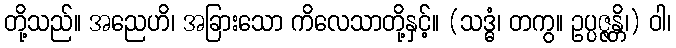
တို့သည်။ အညေဟိ၊ အခြားသော ကိလေသာတို့နှင့်။ (သဒ္ဓံ၊ တကွ။ ဥပ္ပဇ္ဇန္တိ၊) ဝါ၊